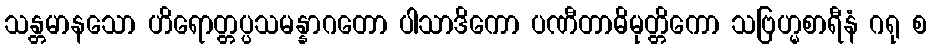
သန္တမာနသော ဟိရောတ္တပ္ပသမန္နာဂတော ပါသာဒိကော ပဏီတာဓိမုတ္တိကော သဗြဟ္မစာရီနံ ဂရု စ